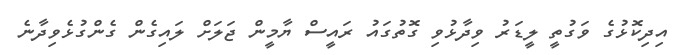
އިދިކޮޅުގެ ވަގުތީ ލީޑަރު ވިދާޅުވި ގޮތުގައު ރައީސް ޔާމީން ޖަލަށް ލައިގެން ގެންގުޅެވިދާނެ